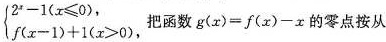
$$\begin { cases }